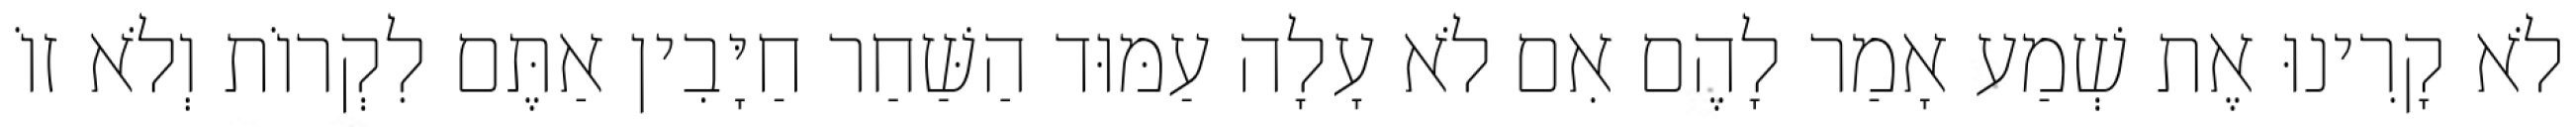
לֹא קָרִינוּ אֶת שְׁמַע אָמַר לָהֶם אִם לֹא עָלָה עַמּוּד הַשַּׁחַר חַיָּבִין אַתֶּם לִקְרוֹת וְלֹא זוֹ